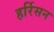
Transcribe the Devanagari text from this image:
हर्रिसन